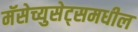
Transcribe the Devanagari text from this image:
मॅसेच्युसेट्समधील